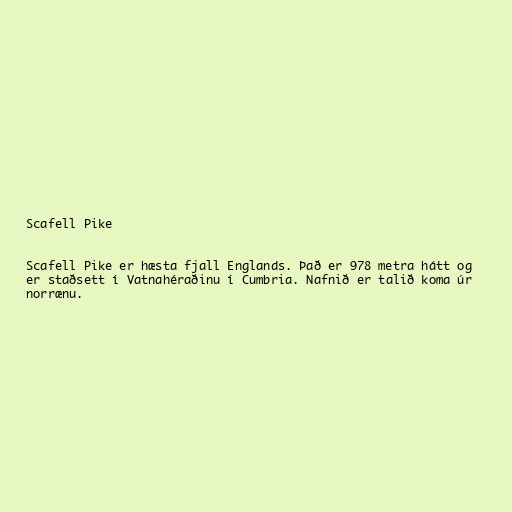
Scafell Pike

Scafell Pike er hæsta fjall Englands. Það er 978 metra hátt og
er staðsett í Vatnahéraðinu í Cumbria. Nafnið er talið koma úr
norrænu.